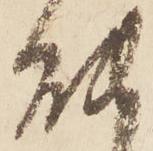
能